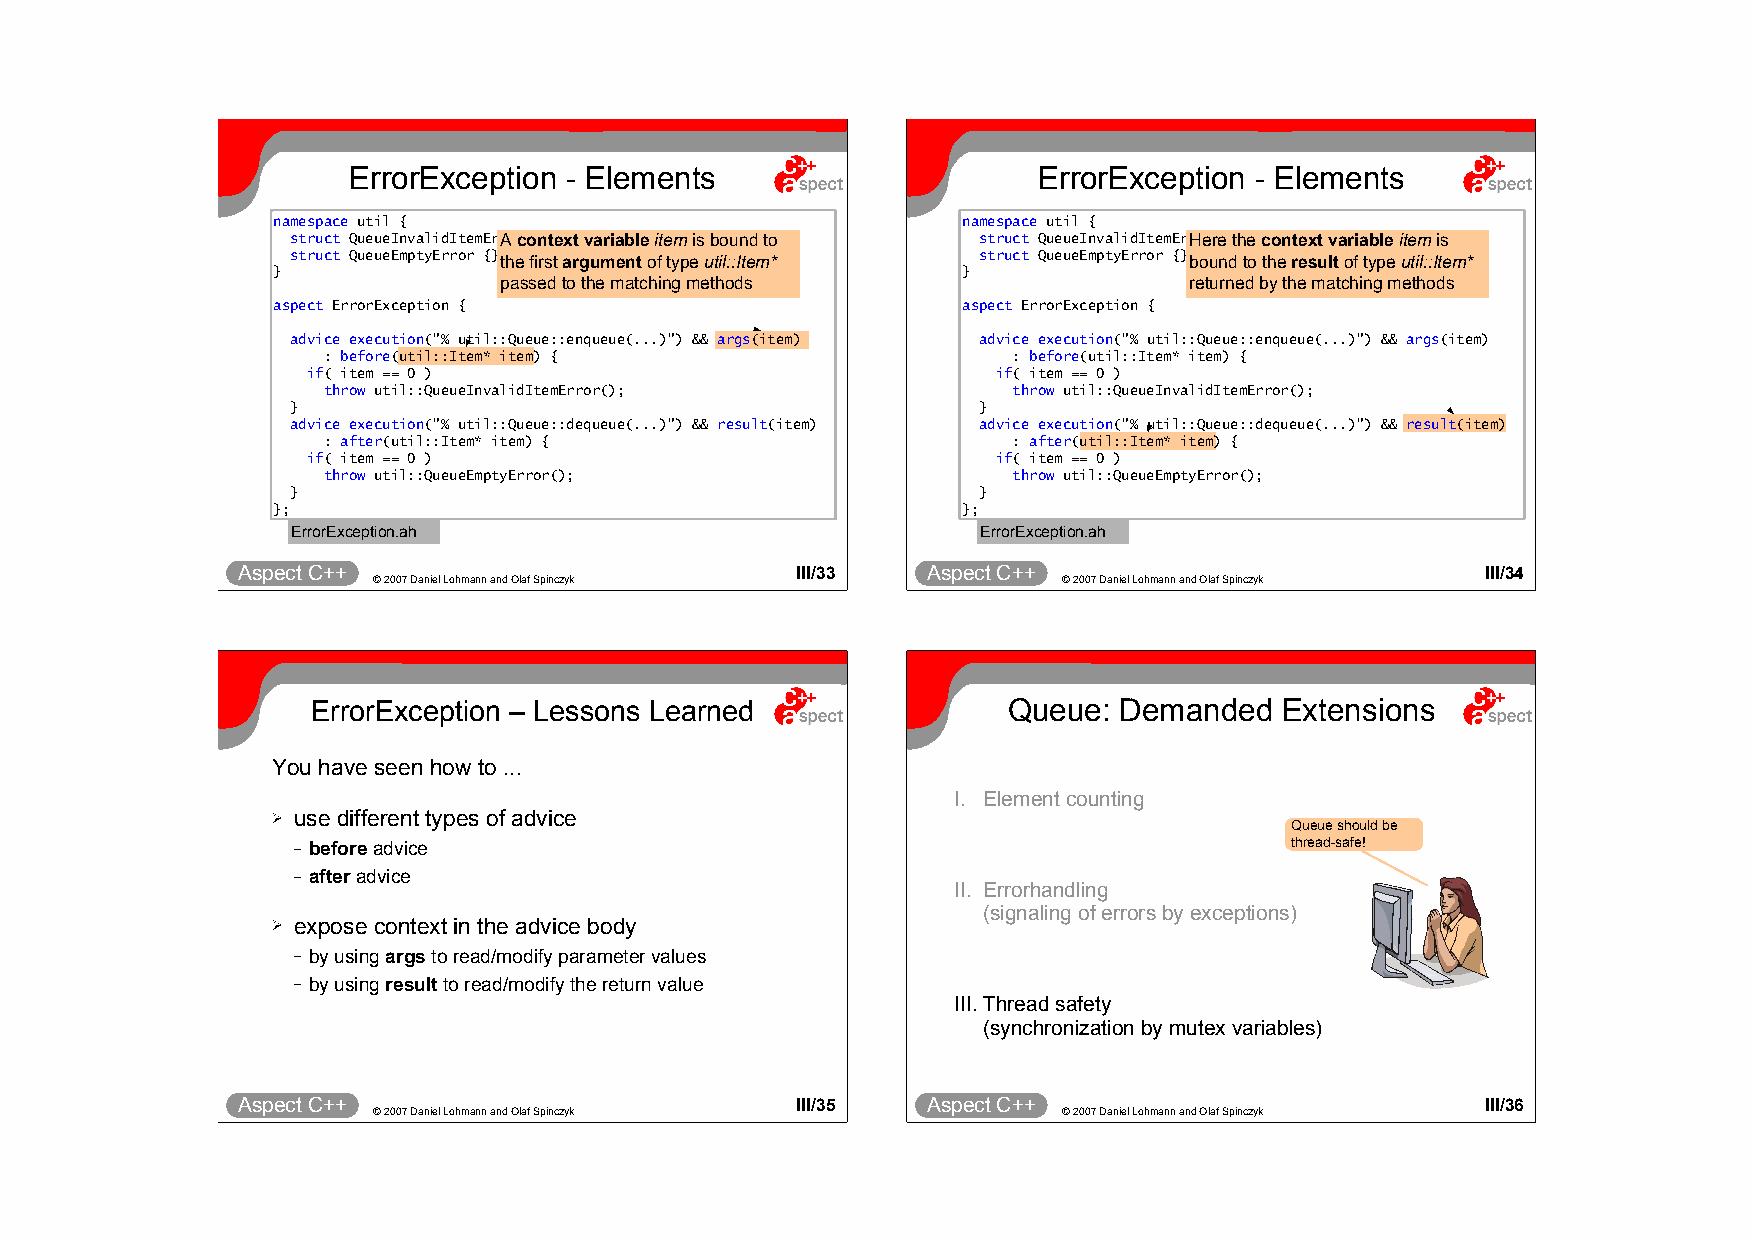
ErrorException - Elements                     ErrorException - Elements
 namespace util {                              namespace util {
 struct QueueInvalidItemErrAo rc o{n}t;ext variable item is bound to struct QueueInvalidItemErrHoerr e{ }th;e context variable item is
 struct QueueEmptyError {};the first argument of type util::Item* struct QueueEmptyError {};bound to the result of type util::Item*
 }                                             }
 passed to the matching methods                returned by the matching methods
 aspect ErrorException {                       aspect ErrorException {
 advice execution("% util::Queue::enqueue(...)") && args(item) advice execution("% util::Queue::enqueue(...)") && args(item)
 : before(util::Item* item) {                  : before(util::Item* item) {
 if( item == 0 )                               if( item == 0 )
 throw util::QueueInvalidItemError();          throw util::QueueInvalidItemError();
 }                                             }
 advice execution("% util::Queue::dequeue(...)") && result(item) advice execution("% util::Queue::dequeue(...)") && result(item)
 : after(util::Item* item) {                   : after(util::Item* item) {
 if( item == 0 )                               if( item == 0 )
 throw util::QueueEmptyError();                throw util::QueueEmptyError();
 }                                             }
 };                                            };
 ErrorException.ah                             ErrorException.ah
 Aspect C++                           III/33  Aspect C++                           III/34
 © 2007 Daniel Lohmann and Olaf Spinczyk      © 2007 Daniel Lohmann and Olaf Spinczyk
 ErrorException – Lessons Learned              Queue: Demanded   Extensions
 You have seen how to ...
 I. Element counting
 ➢ use different types of advice                                    Queue should be
 – before advice                                                   thread-safe!
 – after advice
 II. Errorhandling
 (signaling of errors by exceptions)
 ➢ expose context in the advice body
 – by using args to read/modify parameter values
 – by using result to read/modify the return value
 III.Thread safety
 (synchronization by mutex variables)
 Aspect C++                           III/35  Aspect C++                           III/36
 © 2007 Daniel Lohmann and Olaf Spinczyk      © 2007 Daniel Lohmann and Olaf Spinczyk